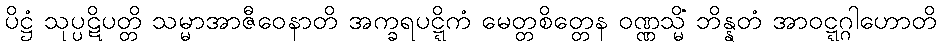
ပိဋ္ဌံ သုပ္ပဋိပတ္တိ သမ္မာအာဇီဝေနာတိ အက္ခရပဋ္ဋိကံ မေတ္တစိတ္တေန ဝဏ္ဏသ္မိံ ဘိန္နတံ အာဝဋ္ဋဂ္ဂါဟောတိ